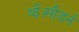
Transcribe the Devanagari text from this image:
थी।मौडर्न